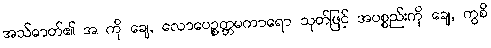
အသ်ဓာတ်၏ အ ကို ချေ, လောပေဉ္စတ္တမကာရော သုတ်ဖြင့် အပစ္စည်းကို ချေ, ကွစိ